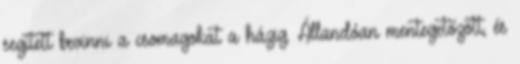
segített bevinni a csomagokat a házig. Állandóan mentegetőzött, és